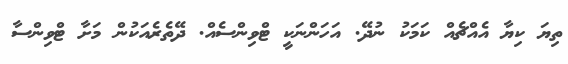
ތިޔަ ކިޔާ އެއްޗެއް ކަމަކު ނުދޭ. އަހަންނަކީ ޓްވިންސެއް. ދޭތެރެއަކުން މަށާ ޓްވިންސާ